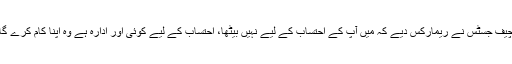
چیف جسٹس نے ریمارکس دیے کہ میں آپ کے احتساب کے لیے نہیں بیٹھا، احتساب کے لیے کوئی اور ادارہ ہے وہ اپنا کام کرے گا۔